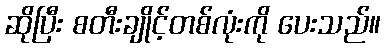
ဆိုပြီး စတီးချိုင့်တစ်လုံးကို ပေးသည်။